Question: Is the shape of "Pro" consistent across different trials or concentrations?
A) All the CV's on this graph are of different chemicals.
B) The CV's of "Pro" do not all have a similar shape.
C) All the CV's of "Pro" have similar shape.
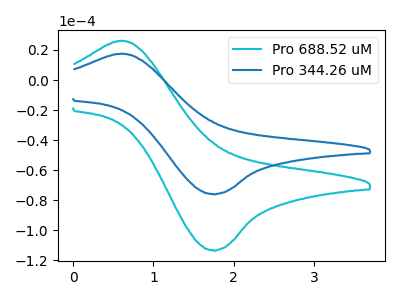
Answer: <think>The cyan curve "Pro 688.52 uM" has an anodic peak at (0.60V, 26.20uA) and a cathodic peak at (1.75V, -113.35uA). The blue curve "Pro 344.26 uM" has an anodic peak at (0.60V, 17.55uA) and a cathodic peak at (1.75V, -75.95uA).
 All the peaks in "Pro 688.52 uM" have a peak in "Pro 344.26 uM" at the same potential. Every peak in "Pro 688.52 uM" is higher than every peak in "Pro 344.26 uM".</think>
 <answer>C) All the CV's of "Pro" have similar shape.</answer>
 <eval>C</eval>